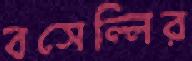
বসেল্লির